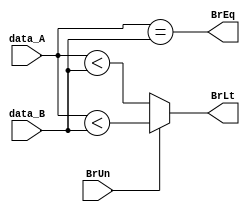
module BranchComp(
	input [31:0] data_A,
	input [31:0] data_B,
	input BrUn,

	output BrEq,
	output reg BrLt
);

assign BrEq = data_A == data_B;

always@(*) begin
  if (BrUn) BrLt <= $unsigned(data_A) < $unsigned(data_B);
  else BrLt <= $signed(data_A) < $signed(data_B);
end

endmodule